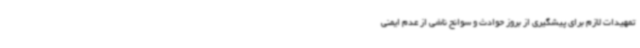
تمهیدات لازم برای پیشگیری از بروز حوادث و سوانح ناشی از عدم ایمنی